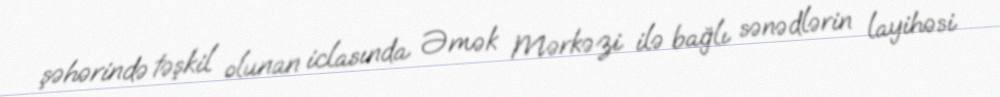
şəhərində təşkil olunan iclasında Əmək Mərkəzi ilə bağlı sənədlərin layihəsi